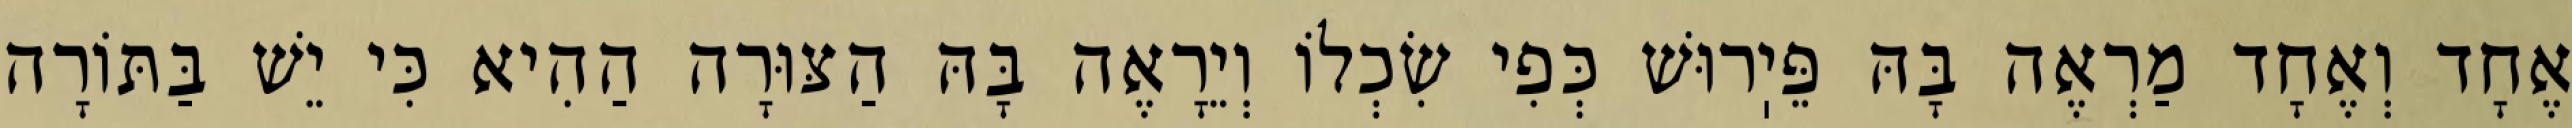
אֶחָד וְאֶחָד מַרְאֶה בָּהּ פֵּיֽרוּשׁ כְּפִי שִׂכְלוֹ וְיֵרָאֶה בָּהּ הַצּוּרָה הַהִיא כִּי יֵשׁ בַּתּוֹרָה